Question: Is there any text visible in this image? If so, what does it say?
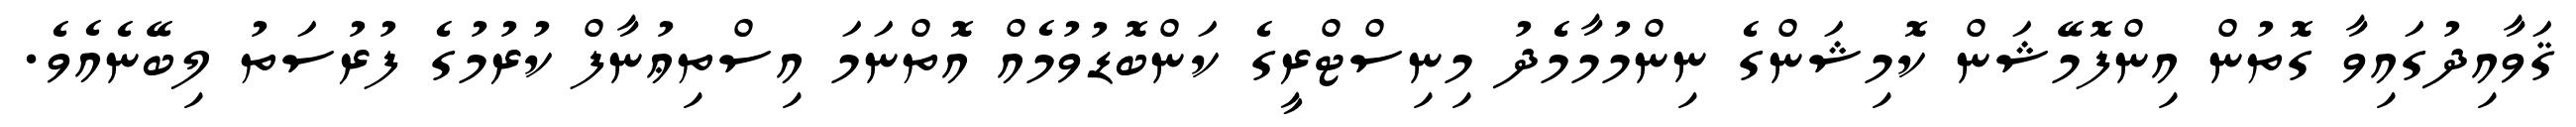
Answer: ޤަވާއިދުގައިވާ ގޮތުން އިންފޮމޭޝަން ކޮމިޝަންގެ ނިންމުމާމެދު މިނިސްޓްރީގެ ކަންބޮޑުވުމެއް އޮތްނަމަ އިސްތިޢުނާފް ކުރުމުގެ ފުރުސަތު ލިބޭނެއެވެ.